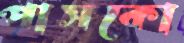
পাসকো